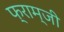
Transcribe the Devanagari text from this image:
फ्राम्जी